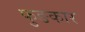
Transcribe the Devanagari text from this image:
फुङकार